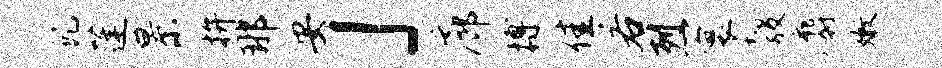
虬蓬景拚那安」廊搏佳若烈寰彀麝嫩